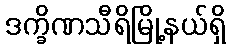
ဒက္ခိဏသီရိမြို့နယ်ရှိ